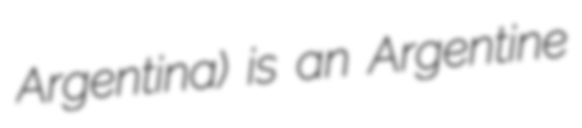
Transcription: Argentina) is an Argentine